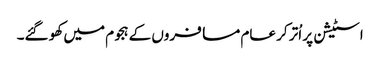
اسٹیشن پر اُتر کر عام مسافروں کے ہجوم میں کھو گئے۔